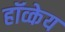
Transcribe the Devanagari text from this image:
हॉव्केय